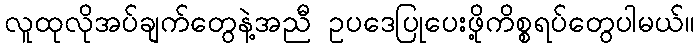
လူထုလိုအပ်ချက်တွေနဲ့အညီ ဥပဒေပြုပေးဖို့ကိစ္စရပ်တွေပါမယ်။